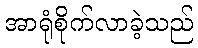
အာရုံစိုက်လာခဲ့သည်